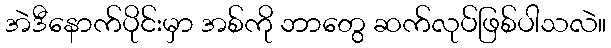
အဲဒီနောက်ပိုင်းမှာ အစ်ကို ဘာတွေ ဆက်လုပ်ဖြစ်ပါသလဲ။